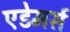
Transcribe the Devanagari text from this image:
एडेमर्स